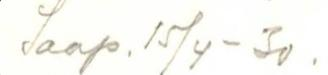
Saap. 15/4-30.